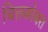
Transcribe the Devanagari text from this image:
चित्तकोबरा